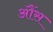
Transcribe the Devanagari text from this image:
आैंस